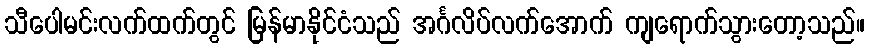
သီပေါမင်းလက်ထက်တွင် မြန်မာနိုင်ငံသည် အင်္ဂလိပ်လက်အောက် ကျရောက်သွားတော့သည်။